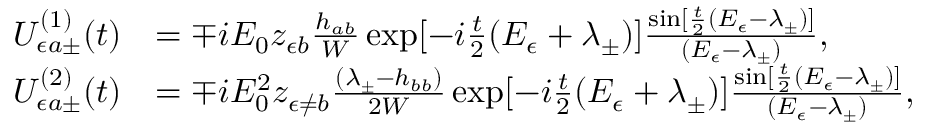
\begin{array} { r l } { U _ { \epsilon a \pm } ^ { ( 1 ) } ( t ) } & { = \mp i { \cal E } _ { 0 } z _ { \epsilon b } \frac { h _ { a b } } { W } \exp [ - i \frac { t } { 2 } ( E _ { \epsilon } + \lambda _ { \pm } ) ] \frac { \sin [ \frac { t } { 2 } ( E _ { \epsilon } - \lambda _ { \pm } ) ] } { ( E _ { \epsilon } - \lambda _ { \pm } ) } , } \\ { U _ { \epsilon a \pm } ^ { ( 2 ) } ( t ) } & { = \mp i { \cal E } _ { 0 } ^ { 2 } z _ { \epsilon \neq b } \frac { ( \lambda _ { \pm } - h _ { b b } ) } { 2 W } \exp [ - i \frac { t } { 2 } ( E _ { \epsilon } + \lambda _ { \pm } ) ] \frac { \sin [ \frac { t } { 2 } ( E _ { \epsilon } - \lambda _ { \pm } ) ] } { ( E _ { \epsilon } - \lambda _ { \pm } ) } , } \end{array}